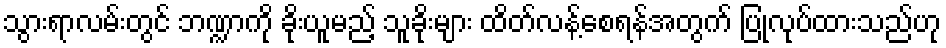
သွားရာလမ်းတွင် ဘဏ္ဍာကို ခိုးယူမည့် သူခိုးများ ထိတ်လန့်စေရန်အတွက် ပြုလုပ်ထားသည်ဟု